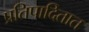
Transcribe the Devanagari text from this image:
प्रतिपादितात